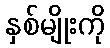
နှစ်မျိုးကို